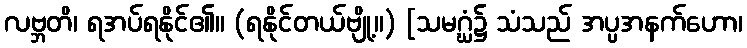
လဗ္ဘတိ၊ ရအပ်ရနိုင်၏။ (ရနိုင်တယ်ဗျို့။) [သမဂ္ဃံ၌ သံသည် အပ္ပအနက်ဟော၊